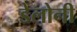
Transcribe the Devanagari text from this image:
डेलोनी